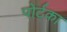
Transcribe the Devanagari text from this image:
पोर्टका